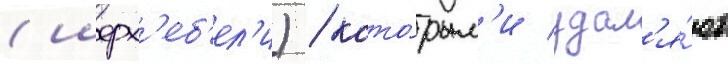
(шерх'еб'ел'и) / кото́рым'и удал'я́ют